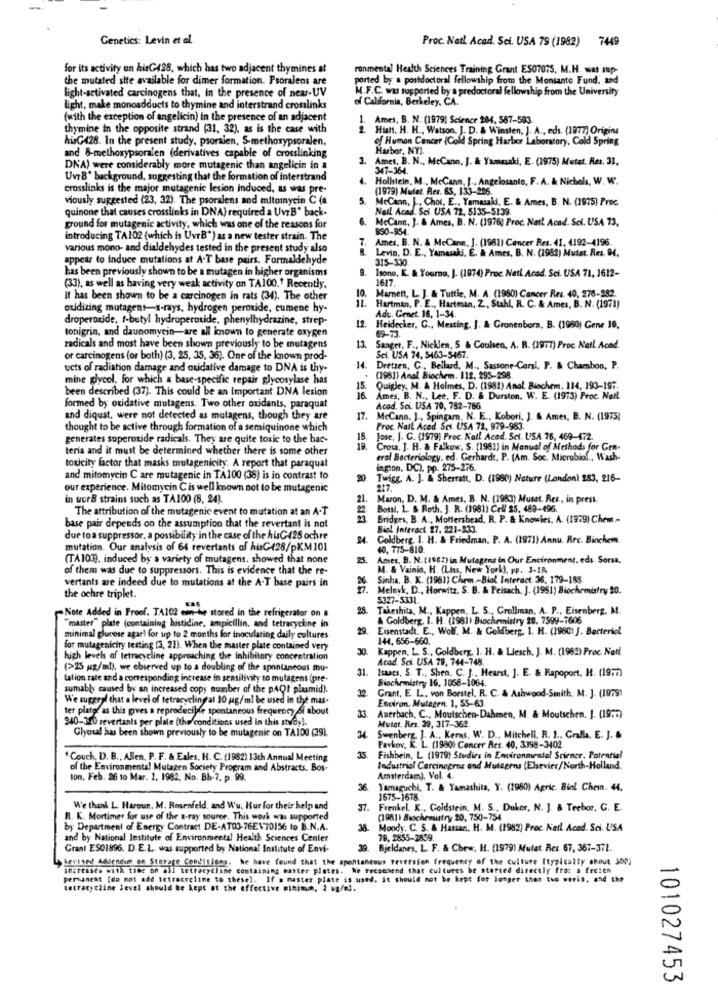
Genetics: Levin et al.
Proc. Natl. Acad. Sci. USA 79 (1982) 7449
for its activity on hisG428, which has two adjacent thymines at
ronmental Health Sciences Training Grant ES07075, M.H. was sup-
the mutated site available for dimer formation. Psoralens are
ported by a postdoctoral fellowship from the Monsanto Fund, and
light-activated carcinogens that, in the presence of near-UV
M.F.C. was supported by a predoctoral fellowship from the University
of California, Berkeley, CA.
Light, make moncadducts to thymine and interstrand crosslinks
(with the exception of angelicin) in the presence of an adjacent
1. Ames, B. N. (1979) Science 204, 587-593.
thymine in the opposite strand (31, 32), as is the case with
2. Hiatt. H. H ., Watson, J. D. & Winsten, J. A ., eds. (1977) Origins
huG428. In the present study, psoralen, S-methoxypsoralen,
of Humon Cancer (Cold Spring Harbor Laboratory, Cold Spring
Harbor, NY).
and &-methoxypsoralen (derivatives capable of crosslinking
3.
Ames, B. N ., McCann, J. & Yamasaki, E. (1975) Mutet. Res. 31.
DNA) were considerably more mutagenic than angelicin in a
347-364.
UvrB' background, suggesting that the formation of interstrand
4.
Hollstein, M ., McCann, J ., Angelosanto, F. A. & Nichols, W. W.
crosslinks is the major mutagenic lesion induced, as was pre-
(1979) Mutet. Rer. 65, 133-206.
viously suggested (23, 32). The psoralens and mitomycin C (a
5.
McCann, J ., Choi. E ., Yamasaki, E. & Ames, B. N. (1975) Proc.
quinone that causes crosslinks in DNA) required a UvrB" back-
Neil Acad. Sci USA 72, 5135-5139.
6.
McCann, J. & Ames, B. N. (1976) Proc. Natl Acad. Sci. USA 73,
ground for mutagenic activity, which was one of the reasons for
$50-854.
introducing TA102 (which is UvrB") as a new tester strain. The
7.
Ames. B. N. & McCann, J. (1961) Cancer Res. 41, 4192-4196.
various mono- and dialdehydes tested in the present study also
Levia, D. E ., Yamuaki, E. & Ames. B. N. (1982) Mutet. Res. 04.
appear to induce mutations at A-T base pairs. Formaldehyde
315-330.
has been previously shown to be a mutagen in higher organisms
Isono, K. & Yourmo, J. (1974) Proc. Nati Acad. Sci. USA 71, 1612-
1617.
(33), as well as having very weak activity on TA100.' Recently.
10.
it has been shown to be a carcinogen in rats (34). The other
Harnett, L. J. & Tuttie, M. A. (1990) Cancer Res. 40, 276-282
oxidizing mutagens-x-rays, hydrogen peroxide, cumene hy-
Hartman. P. E ., Hartman, Z ., Stahl, R. C. & Ames, B. N. (1971)
droperoxide, f-butyl hydroperoxide, phenylhydrazine, strep-
12.
Adu. Genet. 16, 1-34.
tonigrin, and daunomycin-are all inown to generate oxygen
Heidecker, C ., Mesting, J. & Gronenbora, B. (1980) Gene 10,
69-73.
radicals and most have been shown previously to be mutagens
13.
Sanger, F ., Nickden, S & Coulsen, A. R. (1977) Proc Netl. Acad.
or carcinogens (or both) (3, 25, 35, 36). One of the known prod-
Sci. USA 74, 5463-5467.
ucts of radiation damage and oxidative damage to DNA is thy-
Dretzen, C ., Bellard, M ., Sassone-Corsi, P. & Chambon, P.
mine glycol. for which a base-specific repair glycosylase has
(1981) Anal Biochem. 112. 295-298.
been described (37). This could be an Important DNA lesion
15. Quigley, M. & Holmes, D. (1981) Anal Biochem. 114, 190-197.
16. Ames, B. N ., Lee, F. D. & Durston. W. E. (1973) Proc. Nail
formed by oxidative mulagens. Two other oxidants, paraquat
Acad. Sci. USA 70, 782-786
and diquat, were not detected as mutagens, though they are
17.
McCann. J ., Spingarn, N. E ., Kobori, J. & Ames, B. N. (1975)
thought to be active through formation of a semiquinone which
Proc Natl Aced Sei. USA 72, 979-963.
generates superoxide radicals. They are quite toxic to the bac-
18.
Jose, J. C. (1979) Proc. Kall Acad. Sci. USA 76, 469-472.
teria and it must be determined whether there is some other
19.
Crosa. J. H. & Falkow. S. (1981] in Manual of Methods for Gen-
erol Bacteriology, ed. Gerhardt, P. (Am. Soc. Micrubiol ., Wash-
toxicity factor that masks mutagenicity. A report that paraqual
ington. DC). pp. 275-276.
and mitomycin C are mutagenic in TA100 (38) is in contrast to
20
Twigg, A. J. & Sherratt, D. (1980) Nature (London) 283, 216-
our experience. Mitomycin Cis well known not to be mutagenic
217.
in uur8 strains such as TA100 (8, 24).
21.
Mason, D. M. & Ames, B. N. (1983) Muset. Res, in press.
The attribution of the mutagenic event to mutation at an A.T
Bossi. 1 .. & Roth. J. R. (1981) Cell 25. 489-496.
Bridges, B. A ., Moffershead, R. P. & Knowles, A. (1979) Chem -
base pair depends on the assumption that the revertant is not
Biol Interact. 27. 221-233.
due toa suppressor, a possibility in the case of the hisC425 ochre
24.
Coldberg. I. H. & Friedman. P. A. (197) Annu. Rec. Biochem.
mutation. Our analysis of 64 revertants of hisC428/pKM101
40, 775-810.
(TA103). induced by a variety of mutagens. showed that none
25.
Ames, B. N. (1982) in Mutagens in Our Encironment, eds. Sorsa,
of them was due to suppressors. This is evidence that the re-
M. & Vainio, H. (Liss, New York), pp. 3-IR
vertants are indeed due to mutations at the A-T base pairs in
Sinha. B. K. (1981) Chem .- Biol Interact. 36, 179-188
Melnyk, D ., Horwitz, S. B. & Peisach, J. (1961) Biochemistry 20.
the ochre triplet.
5327-5331.
Takeshita, M ., Kappen, L. S ., Crollman, A. P ., Eisenberg. M.
Note Added in Proof. TA102 can be stored in the refrigerator on
Goldberg. I. H. (1981) Biochemistry 20. 7599-7606
master" plate (containing histidine, ampicillin, and tetracycline in
29.
Eisenstadt. E ., Wolf. M. & Goldberg. I. H. (19801 ]. Bacteriol
minimal glucose agar! for up to 2 months for inoculating daily cultures
144, 656-660.
for mutagenicity testing (3, 21). When the master plate contained very
30.
Kappen, L. S ., Goldberg, 1. H. & Liesch, J. M. (1962) Proc Natl.
high levels of tetracycline approaching the inhibitory concentration
Acad Sci. USA 79, 744-748.
(>25 mg/ml), we ebserved up to a doubling of the spontaneous mu-
31.
Isaacs. S. T ., Shen. C. J ., Hearst. J. E. & Rapoport. H. (1977)
Lation rate and a corresponding increase in sensitivity to mutagens (pre-
Biochemistry 16, 1068-1064.
sumably caused by an increased copy number of the pAQ! plasmid).
We suggest that a level of tetracyclingat 10 mg/ml be used In the mas-
Grant, E. L ., von Borstel, R. C. & Ashwood-Smith. M. J. (19791
Enciron, Mutagen. 1, 55-63
ter plater as this gives a reproducible spontaneous frequency Si about
940-320 revertants per plate (the conditions used in this study).
Auerbach, C ., Moutschen-Dahmen, M. & Moutschen. J. (1977)
Mutat. Res. 39, 317-362.
Glyoual has been shown previously to be mutagenic on TA100 (39).
Swenberg. J. A ., Kerns, W. D ., Mitchell, R. 1 ., Gralla, E. J. &
Pavkov, K. L. (1980) Concer Res. 40, 3398-3402.
* Couch, D. B ., ABlen, P. F. & Eales, H. C. (1982) 13th Annual Meeting
Fishbein, L (1979) Studies in Environmentel Science. Potential
of the Environmental Mutagen Society Program and Abstracts. Bos-
Industriel Cercinapros and Mulearns (Elsevier/North-Holland.
ton. Feb. 26 to Mar. 2, 1962, No. Bh-7. p. 99.
Amsterdam), Vol. 4.
36.
Yamaguchi, T. & Yamashita, Y. (1980) Agric. Biol Chein. 44.
1675-1678.
We thank L. Haroun. M. Rosenfeld, and Wu. Hur for their help and
37. Frenkel. K .. Goldstein, M. S ., Dukor, N. J. & Trebor, C. E.
R. K. Mortimer for use of the a-ray source. This work was supported
(1981) Biochemistry 20, 750-754
by Department of Energy Contract DE-A103-76E170156 to B.N.A.
38.
Moody. C. S. & Hassan, H. M. (1982) Proc. Net! Aced. Sci. USA
and by National Institute of Environmental Health Sciences Center
79. 2855-2559.
Grant ES01896. D.E.L. was supported by National Institute of Envi-
39.
Bjeldanes, L. F. & Chew. H. (1979) Mutet. Res. 67, 367-371.
Revised Addendue on Storage Conditions. We have found that the spontaneous reversion frequency of the culture [typically about 300)
increases with time on all tetracycline containing easter plates. We recommend that cul tures be started directly from a freien
permanent (do not add tetracycline to these). If . master plate is used, it should not be kept for longer than tue werks, and the
tetracycline level should be Lept at the effective minimum, 2 Mg/ml.
101027453